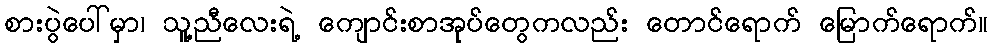
စားပွဲပေါ်မှာ၊ သူ့ညီလေးရဲ့ ကျောင်းစာအုပ်တွေကလည်း တောင်ရောက် မြောက်ရောက်။